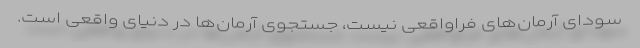
سودای آرمان‌های فراواقعی نیست، جستجوی آرمان‌ها در دنیای واقعی است.